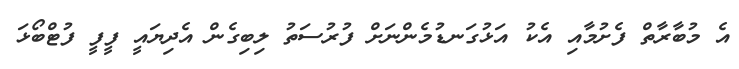
އެ މުބާރާތް ފެށުމާއި އެކު އަޅުގަނޑުމެންނަށް ފުރުސަތު ލިބިގެން އެދިޔައީ ފީފީ ފުޓްބޯޅަ